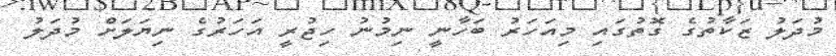
މުދަލު ޒަކާތުގެ ގޮތުގައި މިއަހަރު ބަހާނީ ނިމުނު ހިޖުރީ އަހަރުގެ ނިޔަލަށް މުދަލު